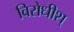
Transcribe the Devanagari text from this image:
विरोधीश्